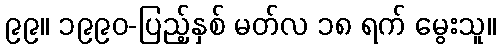
၉၉။ ၁၉၉၀-ပြည့်နှစ် မတ်လ ၁၈ ရက် မွေးသူ။